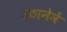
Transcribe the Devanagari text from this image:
उठानेमें